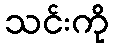
သင်းကို